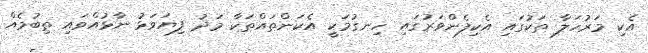
އެކި މަރުހަލާ ތަކުގައި އެކިފެންވަރުގައި ހިނގުމަކީ އެކަންތައްތަކާ މަދު ފިޔަވަޅު ނާޅުއްވައި ތިބުމެއް